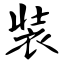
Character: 装